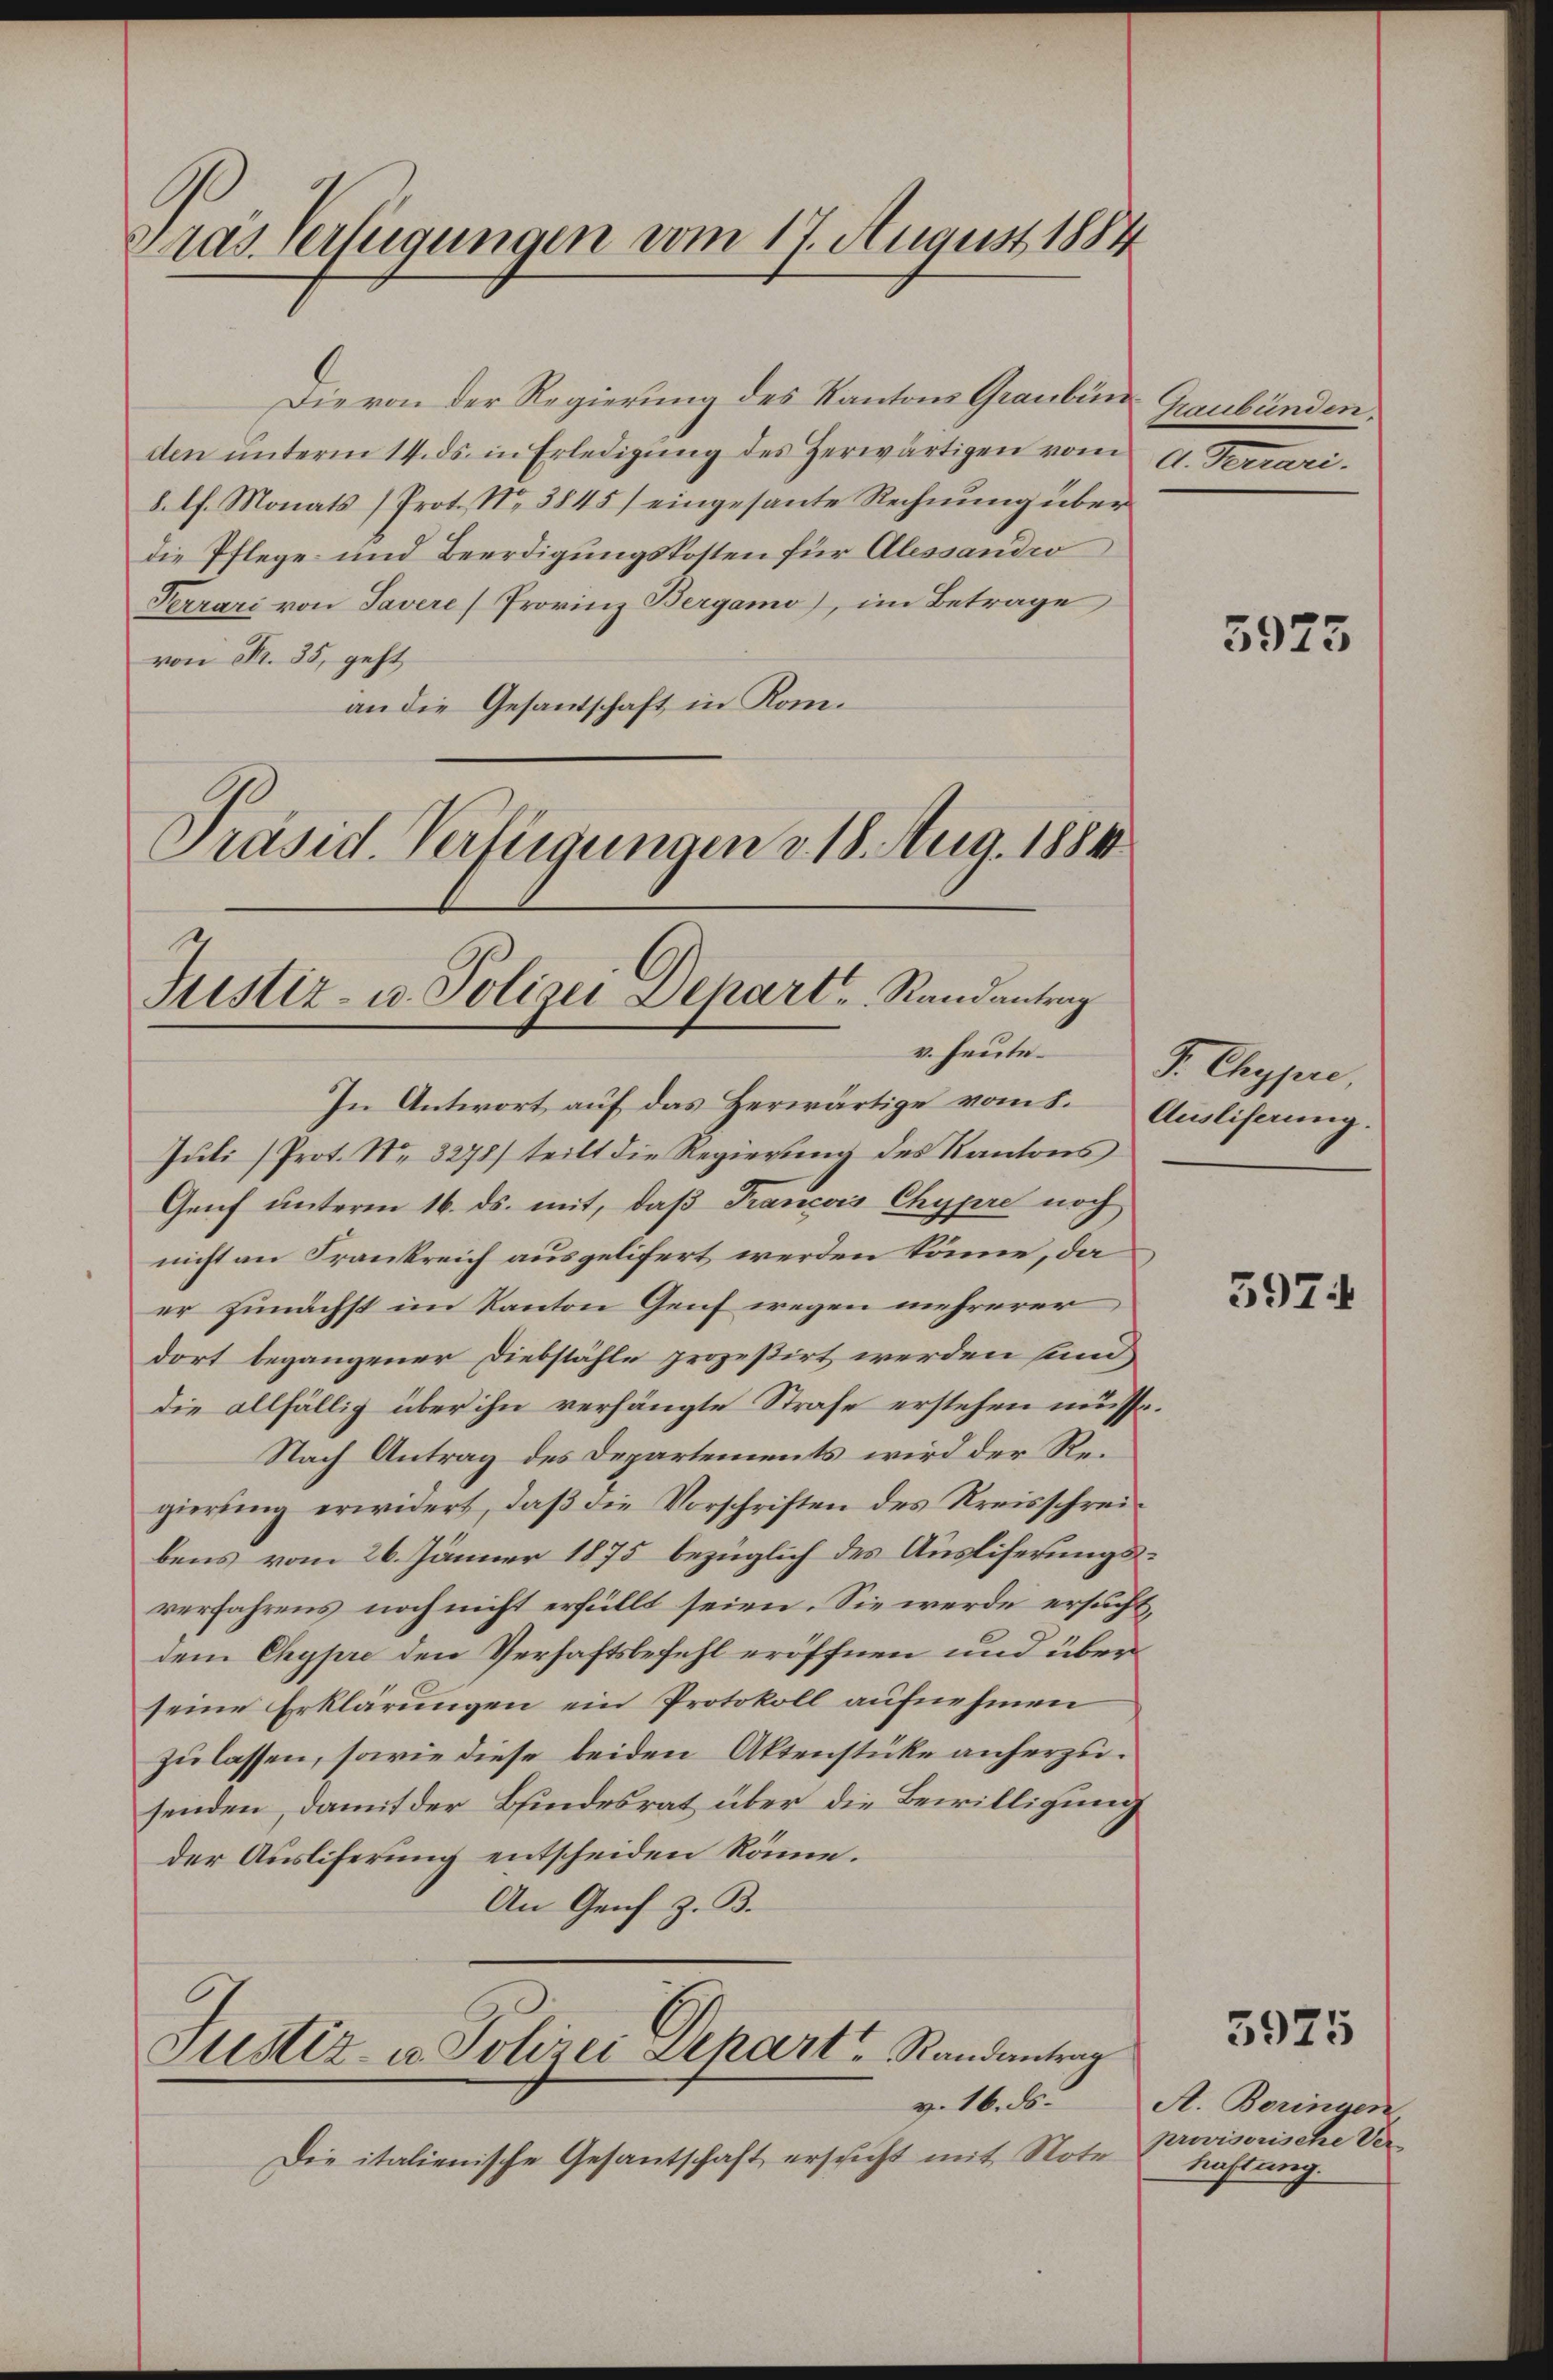
Pras Verfügungen vom 17. August 1884

Die von der Regierung des Kantons Graubün
den ŭnterm 14. ds. in Erledigŭng des Herwärtigen vom
8. lh. Monats (Prot. No 3845) eingesante Rechnung über
die Pflege und Beerdigungskosten für Alessandio
Perrari von Tavere (Provinz Bergamo), im Betrage
von Fr. 35, geht
an die Gesandschaft in Kom¬
Präsid. Verfügungen v. 18. Aug. 1884

Justiz- u. Polizei Depart. Randantrag
v. Heute.

Justiz- u. Polizei Aepart Randantrag
v. 16. ds.

Die italienische Gesantschaft erschicht mit Note

hraubünden
d. Ferrari.

In Antwort auf das Herwärtige vom 5. Ausliserung.
Juli (Prot. Nr. 3278) teilt die Regierung des Kantons
Genf unterm 16. ds. mit, daß Francors Chypre noch
nicht an Frankreich ausgelifert werden könne, da
er zunächst im Kanton Genf wegen mehrerer
dort begangener Diebstähle prozessirt werden sind,
die allfällig über ihn verhängte Strafe erstehen müsse.
Nach Antrag des Departements wird der Regierung erwidert, daβ die Vorschriften des Kreisschreibens vom 26. Jänner 1875 bezüglich des Ausliferungsverfahrens noch nicht erfüllt seien. Sie werde ersucht,
dem Chypre den Verhaftsbefehl eröffnen und über
seine Erklärungen ein Protokoll aufnehmen
zulassen, sowie diese beiden Aktenstüke anherzusenden, damit der Bindesrat über die Bewilligung
der Ausliferung entscheiden könne.
An Genf z. B.

5975

S. Chypre

3974

5925

A. Boringen
provisorische Verhaftung.